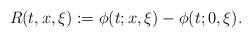
LaTeX: \begin{align*}R(t,x,\xi):=\phi(t;x,\xi)-\phi(t;0,\xi).\end{align*}